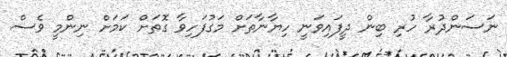
ނަސަންދުރާ ހުރި ބިން ދީފައިވަނީ ހިޔާނާތަށް މަގުފަހިވާ ގޮތަށް ކަމަށް ނިންމީ ވެސް